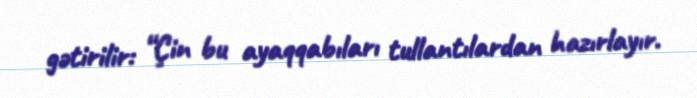
gətirilir: “Çin bu ayaqqabıları tullantılardan hazırlayır.